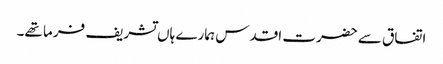
اتفاق سے حضرت اقدس ہمارے ہاں تشریف فرما تھے۔